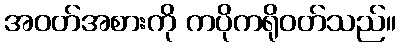
အဝတ်အစားကို ကပိုကရိုဝတ်သည်။